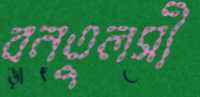
বনতুলসী